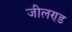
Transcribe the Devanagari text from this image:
जीलण्ड